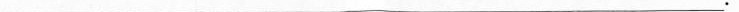
___.